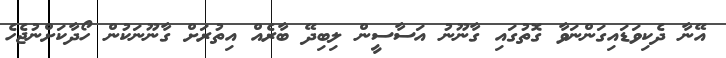
އޭނާ ދެކިވަޑައިގަންނަވާ ގޮތުގައި ގާނޫނު އަސާސީން ލިބިދޭ ބާރެއް އިތުރަށް ގާނޫނަކުން ހޯދާކަށްނުޖެހެ